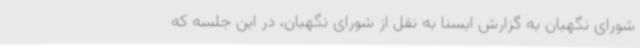
شورای نگهبان به گزارش ایسنا به نقل از شورای نگهبان، در این جلسه که